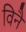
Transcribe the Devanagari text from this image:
विनै